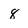
Character: 8